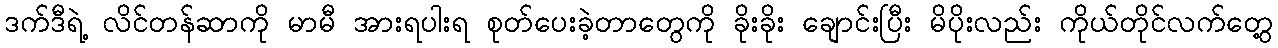
ဒက်ဒီရဲ့ လိင်တန်ဆာကို မာမီ အားရပါးရ စုတ်ပေးခဲ့တာတွေကို ခိုးခိုး ချောင်းပြီး မိပိုးလည်း ကိုယ်တိုင်လက်တွေ့